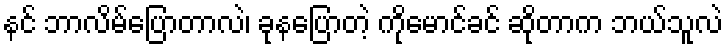
နင် ဘာလိမ်ပြောတာလဲ၊ ခုနပြောတဲ့ ကိုမောင်ခင် ဆိုတာက ဘယ်သူလဲ